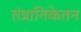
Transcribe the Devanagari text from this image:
तंत्रानिकेतन